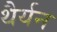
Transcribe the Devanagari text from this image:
थैर्यन